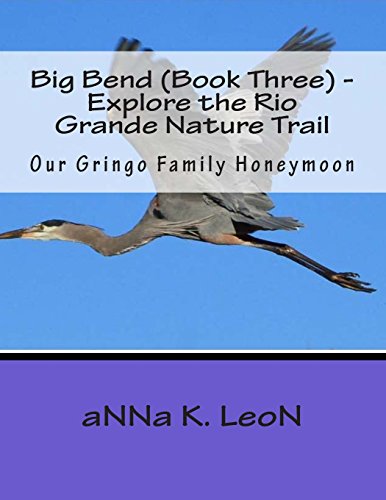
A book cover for Big Bend (Book Three) - Explore the Rio Grande Nature Trail: Our Gringo Family Honeymoon (Big Bend Texas in purple) (Volume 1); aNNa K. LeoN; Crafts, Hobbies & Home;